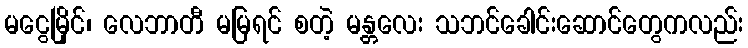
မငွေမြိုင်၊ လေဘာတီ မမြရင် စတဲ့ မန္တလေး သဘင်ခေါင်းဆောင်တွေကလည်း